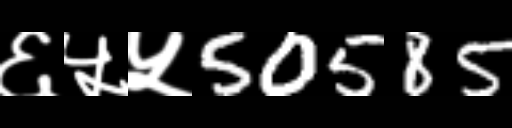
Text: ६५५50585